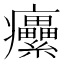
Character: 癳